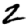
Digit: 2